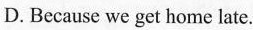
D. Because we get home late.